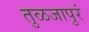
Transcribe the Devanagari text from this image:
तुळजापुरं